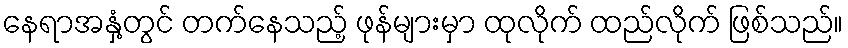
နေရာအနှံ့တွင် တက်နေသည့် ဖုန်များမှာ ထုလိုက် ထည်လိုက် ဖြစ်သည်။